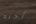
أحبه